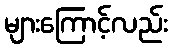
များကြောင့်လည်း